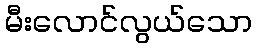
မီးလောင်လွယ်သော